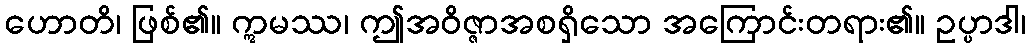
ဟောတိ၊ ဖြစ်၏။ ဣမဿ၊ ဤအဝိဇ္ဇာအစရှိသော အကြောင်းတရား၏။ ဥပ္ပာဒါ၊